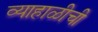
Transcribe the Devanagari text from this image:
व्याहाळीची